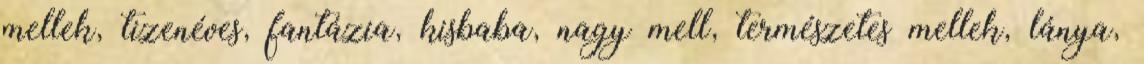
mellek, tizenéves, fantázia, kisbaba, nagy mell, természetes mellek, lánya,